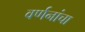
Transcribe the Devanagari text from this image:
वर्णनांचा